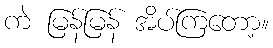
ကဲ မြန်မြန် အိပ်ကြတော့။